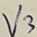
Text: V3